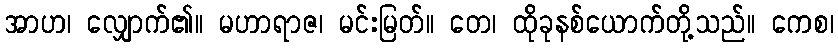
အာဟ၊ လျှောက်၏။ မဟာရာဇ၊ မင်းမြတ်။ တေ၊ ထိုခုနစ်ယောက်တို့သည်။ ကေစ၊